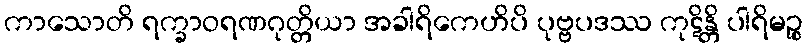
ကာသောတိ ရက္ခာဝရဏဂုတ္တိယာ အခါရိကေဟိပိ ပုဗ္ဗပဒဿ ကုဋိန္တိ ပါရိမဉ္စ